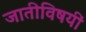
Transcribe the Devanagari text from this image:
जातीविषयीं